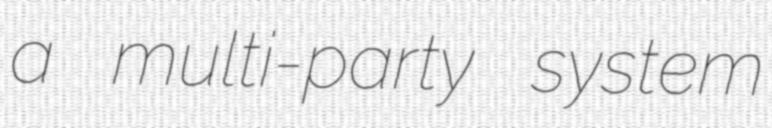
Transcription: a multi-party system